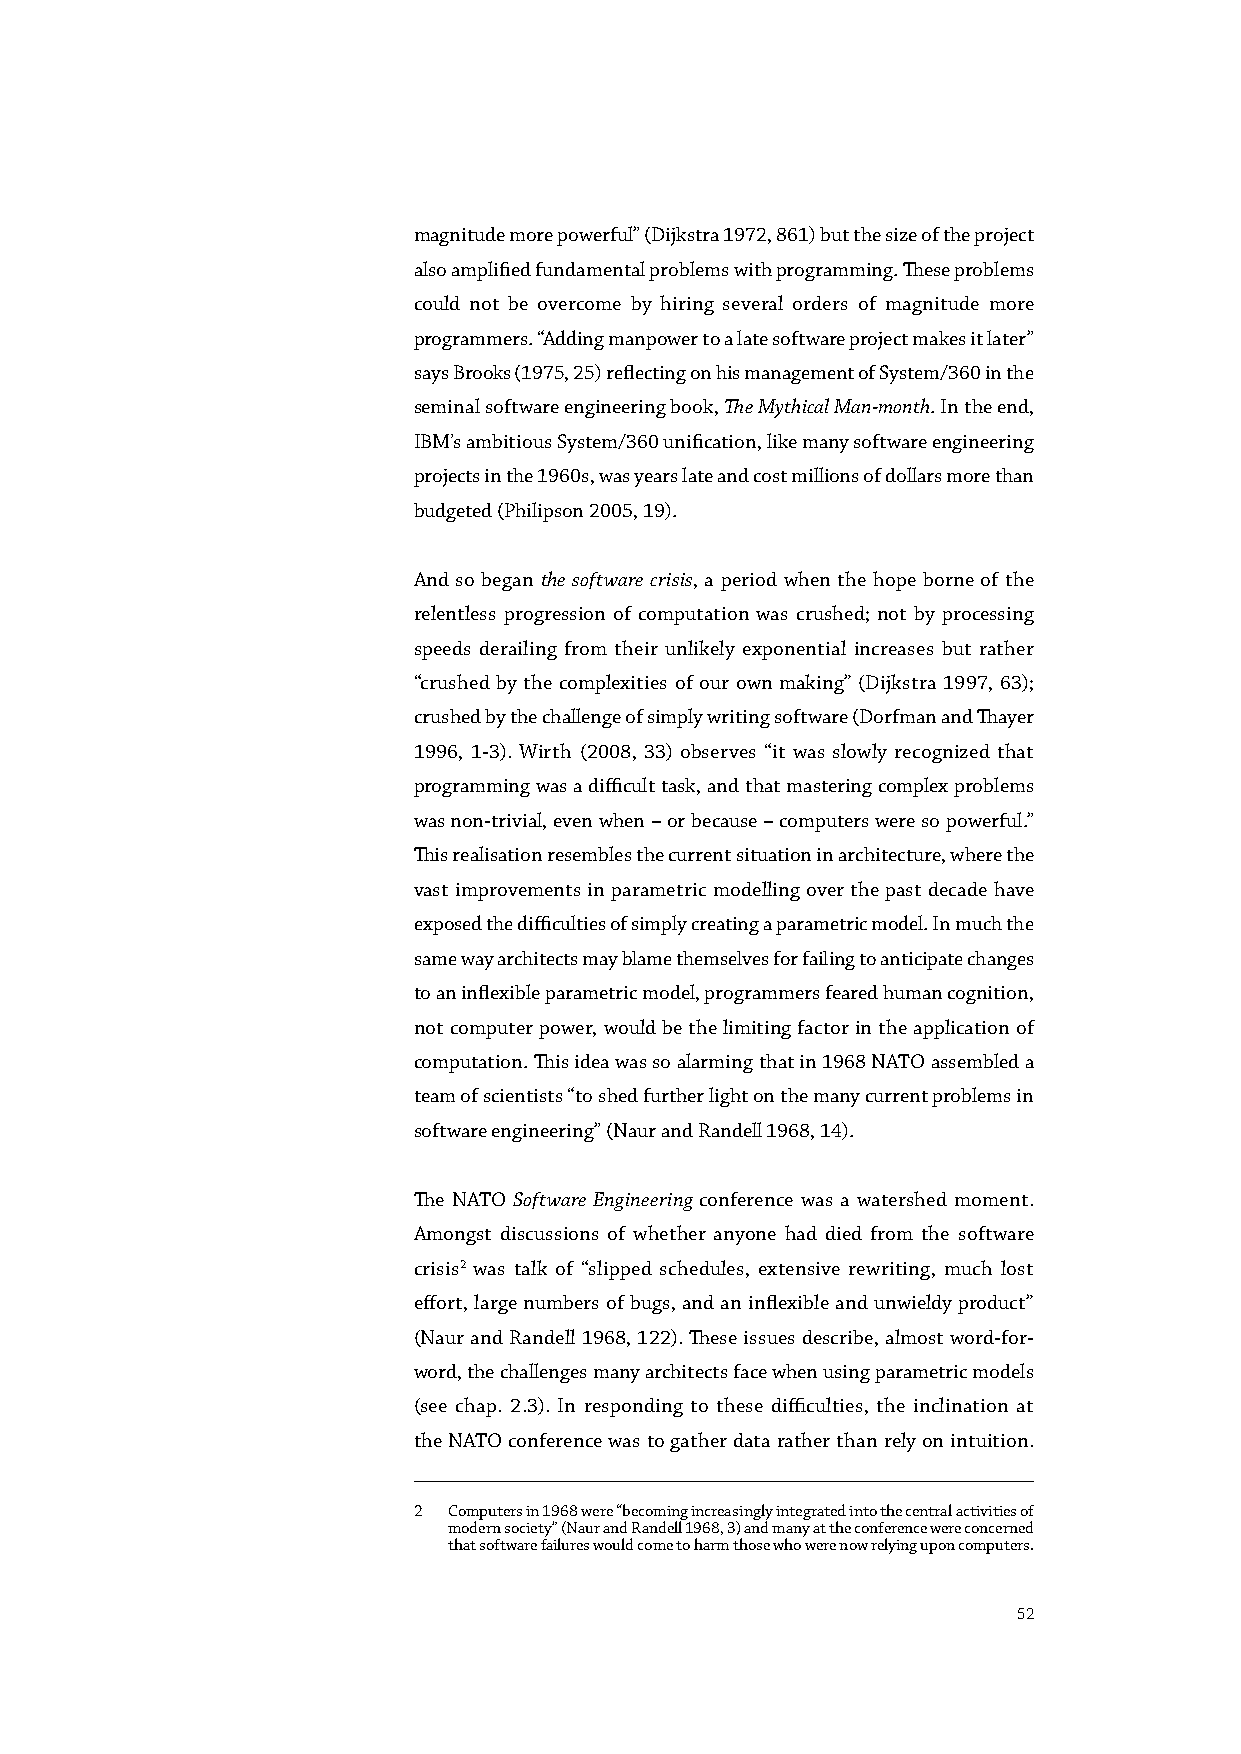
magnitude more powerful” (Dijkstra 1972, 861) but the size of the project
 also amplified fundamental problems with programming. These problems
 could not be overcome by hiring several orders of magnitude more
 programmers. “Adding manpower to a late software project makes it later”
 says Brooks (1975, 25) reflecting on his management of System/360 in the
 seminal software engineering book, The Mythical Man-month. In the end,
 IBM’s ambitious System/360 unification, like many software engineering
 projects in the 1960s, was years late and cost millions of dollars more than
 budgeted (Philipson 2005, 19).
 And so began the software crisis, a period when the hope borne of the
 relentless progression of computation was crushed; not by processing
 speeds derailing from their unlikely exponential increases but rather
 “crushed by the complexities of our own making” (Dijkstra 1997, 63);
 crushed by the challenge of simply writing software (Dorfman and Thayer
 1996, 1-3). Wirth (2008, 33) observes “it was slowly recognized that
 programming was a difficult task, and that mastering complex problems
 was non-trivial, even when – or because – computers were so powerful.”
 This realisation resembles the current situation in architecture, where the
 vast improvements in parametric modelling over the past decade have
 exposed the difficulties of simply creating a parametric model. In much the
 same way architects may blame themselves for failing to anticipate changes
 to an inflexible parametric model, programmers feared human cognition,
 not computer power, would be the limiting factor in the application of
 computation. This idea was so alarming that in 1968 NATO assembled a
 team of scientists “to shed further light on the many current problems in
 software engineering” (Naur and Randell 1968, 14).
 The NATO Software Engineering conference was a watershed moment.
 Amongst discussions of whether anyone had died from the software
 crisis2 was talk of “slipped schedules, extensive rewriting, much lost
 effort, large numbers of bugs, and an inflexible and unwieldy product”
 (Naur and Randell 1968, 122). These issues describe, almost word-for-
 word, the challenges many architects face when using parametric models
 (see chap. 2.3). In responding to these difficulties, the inclination at
 the NATO conference was to gather data rather than rely on intuition.
 2  Computers in 1968 were “becoming increasingly integrated into the central activities of
 modern society” (Naur and Randell 1968, 3) and many at the conference were concerned
 that software failures would come to harm those who were now relying upon computers.
 52